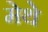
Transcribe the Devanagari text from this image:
मेथे